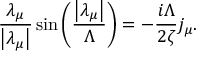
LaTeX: \frac { \lambda _ { \mu } } { \left| \lambda _ { \mu } \right| } \sin \left( \frac { \left| \lambda _ { \mu } \right| } { \Lambda } \right) = - \frac { i \Lambda } { 2 \zeta } j _ { \mu } .